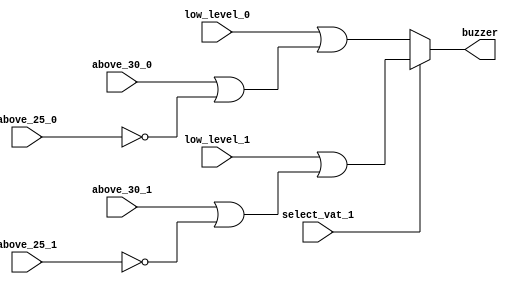
module vat_buzzer_behavior (output buzzer,
input above_25_0, above_30_0, low_level_0,
input above_25_1, above_30_1, low_level_1,
input select_vat_1 );
  
assign buzzer = select_vat_1 ? low_level_1 | (above_30_1 | ~above_25_1): low_level_0 | (above_30_0 | ~above_25_0);
endmodule

module alarm_priority ( output [2:0] intruder_zone,
output valid,
input [1:8] zone );
wire [1:8] winner;
assign winner[1] = zone[1];
assign winner[2] = zone[2] & ~zone[1];
assign winner[3] = zone[3] & ~(zone[2] | zone[1]);
assign winner[4] = zone[4] & ~(zone[3] | zone[2] | zone[1]);
assign winner[5] = zone[5] & ~(zone[4] | zone[3] | zone[2] | zone[1]);
assign winner[6] = zone[6] & ~(zone[5] | zone[4] | zone[3] | zone[2] | zone[1]);
assign winner[7] = zone[7] & ~(zone[6] | zone[5] | zone[4] | zone[3] | zone[2] | zone[1]);
assign winner[8] = zone[8] & ~(zone[7] | zone[6] | zone[5] | zone[4] | zone[3] | zone[2] |zone[1]);
assign intruder_zone[2] = winner[5] | winner[6] | winner[7] | winner[8];
assign intruder_zone[1] = winner[3] | winner[4] | winner[7] | winner[8];
assign intruder_zone[0] = winner[2] | winner[4] | winner[6] | winner[8];
assign valid = zone[1] | zone[2] | zone[3] | zone[4] | zone[5] | zone[6] | zone[7] | zone[8];
endmodule